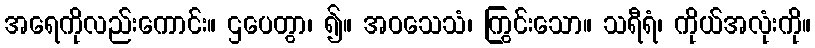
အရေကိုလည်းကောင်း။ ဌပေတွာ၊ ၍။ အဝသေသံ၊ ကြွင်းသော။ သရီရံ၊ ကိုယ်အလုံးကို။